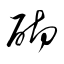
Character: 砌